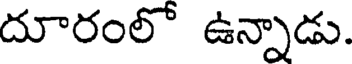
దూరంలో ఉన్నాడు.